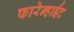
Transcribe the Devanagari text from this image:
फारेन्हाईट